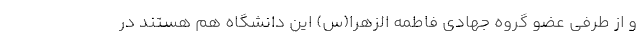
و از طرفی عضو گروه جهادی فاطمه الزهرا(س) این دانشگاه هم هستند در